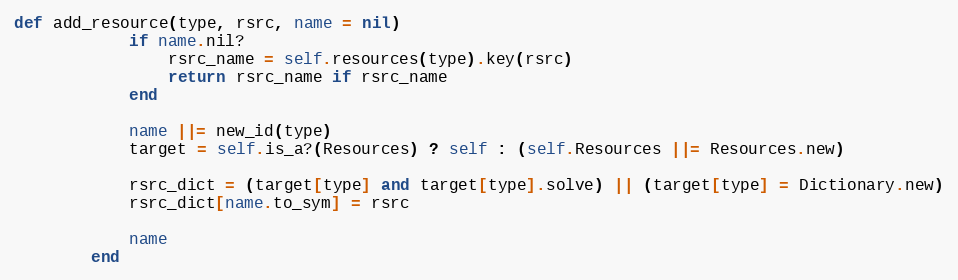
Language: Ruby
def add_resource(type, rsrc, name = nil)
            if name.nil?
                rsrc_name = self.resources(type).key(rsrc)
                return rsrc_name if rsrc_name
            end

            name ||= new_id(type)
            target = self.is_a?(Resources) ? self : (self.Resources ||= Resources.new)

            rsrc_dict = (target[type] and target[type].solve) || (target[type] = Dictionary.new)
            rsrc_dict[name.to_sym] = rsrc

            name
        end